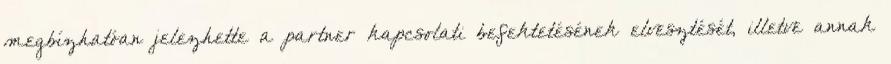
megbízhatóan jelezhette a partner kapcsolati befektetésének elvesztését, illetve annak